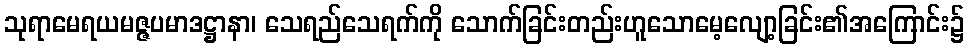
သုရာမေရယမဇ္ဇပမာဒဋ္ဌာနာ၊ သေရည်သေရက်ကို သောက်ခြင်းတည်းဟူသောမေ့လျော့ခြင်း၏အကြောင်း၌